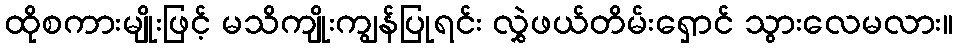
ထိုစကားမျိုးဖြင့် မသိကျိုးကျွန်ပြုရင်း လွှဲဖယ်တိမ်းရှောင် သွားလေမလား။